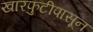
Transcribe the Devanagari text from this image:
खारफुटीपासून